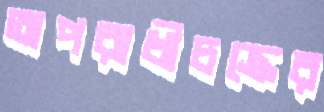
অপরাধীচক্রের